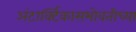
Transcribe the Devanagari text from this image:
अंटार्क्टिकासभोवतीच्या